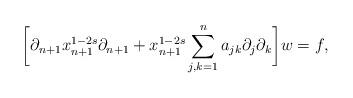
LaTeX: \begin{align*}\bigg[\partial_{n+1}x_{n+1}^{1-2s}\partial_{n+1}+x_{n+1}^{1-2s}\sum_{j,k=1}^{n}a_{jk}\partial_{j}\partial_{k}\bigg]w=f,\end{align*}